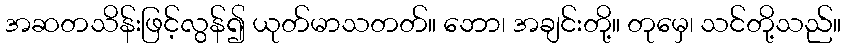
အဆတသိန်းဖြင့်လွန်၍ ယုတ်မာသတတ်။ ဘော၊ အချင်းတို့။ တုမှေ၊ သင်တို့သည်။